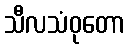
သီလသံဝုတော